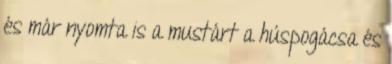
és már nyomta is a mustárt a húspogácsa és